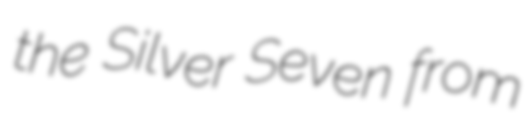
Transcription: the Silver Seven from